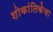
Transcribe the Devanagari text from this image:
शोकांतिकेचा